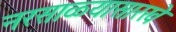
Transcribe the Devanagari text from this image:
नरसाळ्यासारखे